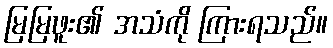
မြမြဖူး၏ အသံကို ကြားရသည်။